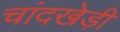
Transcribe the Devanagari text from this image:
चांदखेड़ी